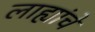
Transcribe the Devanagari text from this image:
लाह्यांचे